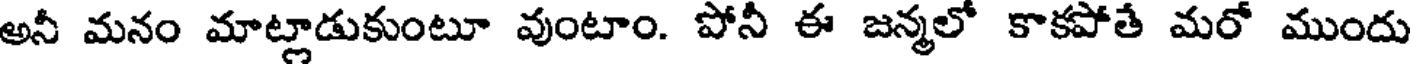
అనీ మనం మాట్లాడుకుంటూ వుంటాం. పోనీ ఈ జన్మలో కాకపోతే మరో ముందు